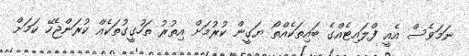
ނަމަވެސް އެއީ ފްލައިޓެއްގެ ބައިތަކެއްތޯ ޔަގީން ކުރުމަށް އިތުރު ތަހުގީގުތަކެއް ކުރަންޖެހޭ ކަމަށް